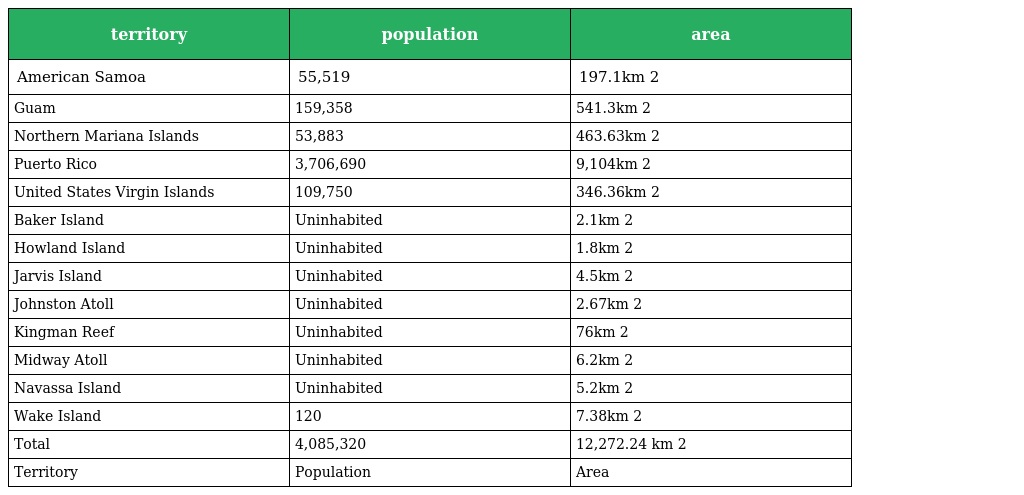
| territory | population | area |
 | --- | --- | --- |
 | American Samoa | 55,519 | 197.1km 2 |
 | Guam | 159,358 | 541.3km 2 |
 | Northern Mariana Islands | 53,883 | 463.63km 2 |
 | Puerto Rico | 3,706,690 | 9,104km 2 |
 | United States Virgin Islands | 109,750 | 346.36km 2 |
 | Baker Island | Uninhabited | 2.1km 2 |
 | Howland Island | Uninhabited | 1.8km 2 |
 | Jarvis Island | Uninhabited | 4.5km 2 |
 | Johnston Atoll | Uninhabited | 2.67km 2 |
 | Kingman Reef | Uninhabited | 76km 2 |
 | Midway Atoll | Uninhabited | 6.2km 2 |
 | Navassa Island | Uninhabited | 5.2km 2 |
 | Wake Island | 120 | 7.38km 2 |
 | Total | 4,085,320 | 12,272.24 km 2 |
 | Territory | Population | Area |